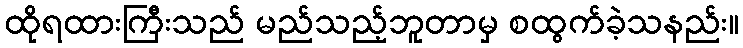
ထိုရထားကြီးသည် မည်သည့်ဘူတာမှ စထွက်ခဲ့သနည်း။